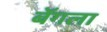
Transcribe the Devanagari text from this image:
बॅगला